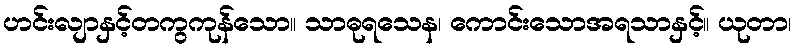
ဟင်းလျာနှင့်တကွကုန်သော။ သာဓုရသေန၊ ကောင်းသောအရသာနှင့်။ ယုတာ၊